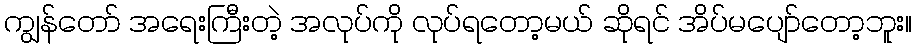
ကျွန်တော် အရေးကြီးတဲ့ အလုပ်ကို လုပ်ရတော့မယ် ဆိုရင် အိပ်မပျော်တော့ဘူး။